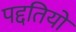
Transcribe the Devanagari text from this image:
पद्दतियों